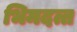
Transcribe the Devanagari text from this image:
भिमदत्त